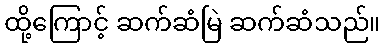
ထို့ကြောင့် ဆက်ဆံမြဲ ဆက်ဆံသည်။